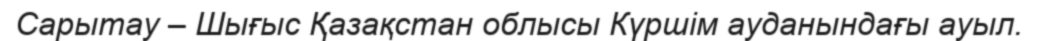
Сарытау – Шығыс Қазақстан облысы Күршім ауданындағы ауыл.